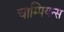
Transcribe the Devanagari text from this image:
चाम्पियन्स